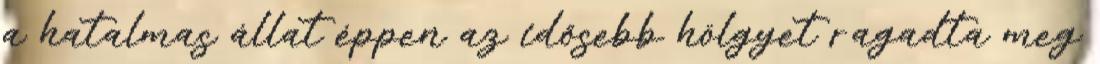
a hatalmas állat éppen az idősebb hölgyet ragadta meg